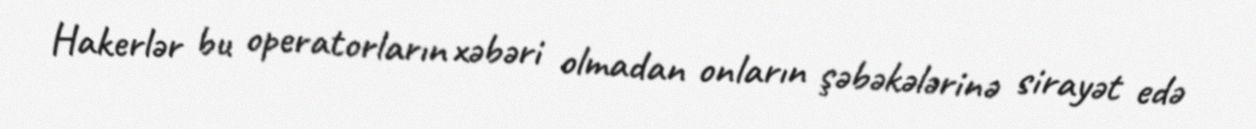
Hakerlər bu operatorların xəbəri olmadan onların şəbəkələrinə sirayət edə